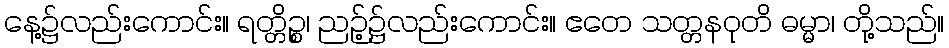
နေ့၌လည်းကောင်း။ ရတ္တိဉ္စ၊ ညဉ့်၌လည်းကောင်း။ ဧတေ သတ္တနဝုတိ ဓမ္မာ၊ တို့သည်။